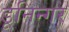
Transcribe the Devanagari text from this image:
डूनिन्गर